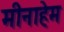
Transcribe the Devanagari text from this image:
मीनाहेम